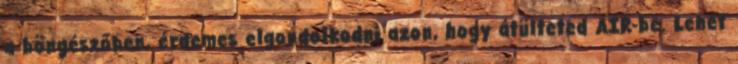
a böngészőben, érdemes elgondolkodni azon, hogy átülteted AIR-be. Lehet